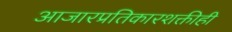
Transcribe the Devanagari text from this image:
आजारप्रतिकारशक्तीही